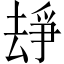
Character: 𠬉